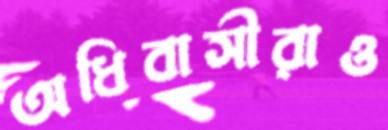
অধিবাসীরাও